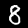
Digit: 8